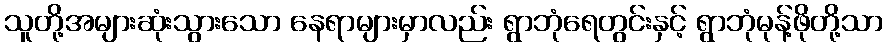
သူတို့အများဆုံးသွားသော နေရာများမှာလည်း ရွာဘုံရေတွင်းနှင့် ရွာဘုံမုန့်ဖိုတို့သာ